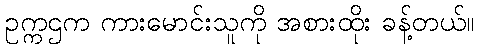
ဥက္ကဌက ကားမောင်းသူကို အစားထိုး ခန့်တယ်။